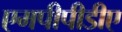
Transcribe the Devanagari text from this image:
एमपीपीडीए